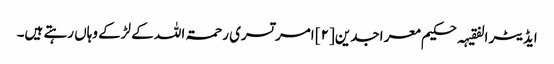
ایڈیٹر الفقیہہ حکیم معر اجدین[۲] امر تسری رحمۃ اللہ کے لڑکے وہاں رہتے ہیں۔